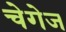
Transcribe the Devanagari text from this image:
चेगेज